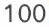
100